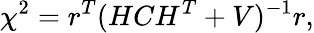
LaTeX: \chi^{2}=r^{T}(HCH^{T}+V)^{-1}r,